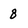
Character: 8